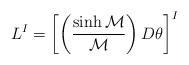
LaTeX: \begin{align*}L^{ I} =\left[ \left({\sinh {\cal M} \over {\cal M}}\right) D\theta \right]^{I}\end{align*}